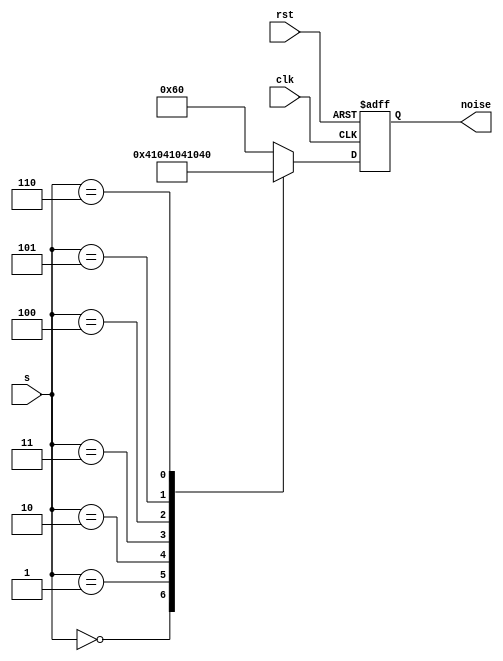
module noisy(
	input	clk,
	input 	rst,
	input	[2:0]s,
	
	output	reg	[6:0]noise

	);

always @(posedge clk or posedge rst) begin
	if (rst) begin
		noise<=7'b0;
		
	end
	else begin
		case(s)
			3'b000:noise<=7'b0000001;
			3'b001:noise<=7'b0000010;
			3'b010:noise<=7'b0000100;
			3'b011:noise<=7'b0001000;
			3'b100:noise<=7'b0010000;
			3'b101:noise<=7'b0100000;
			3'b110:noise<=7'b1000000;
			default:noise<=7'b1100000;

		endcase
	end
end
endmodule